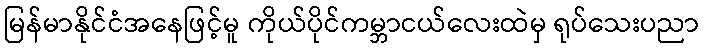
မြန်မာနိုင်ငံအနေဖြင့်မူ ကိုယ်ပိုင်ကမ္ဘာငယ်လေးထဲမှ ရုပ်သေးပညာ